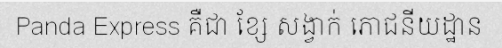
Panda Express គឺជា ខ្សែ សង្វាក់ ភោជនីយដ្ឋាន